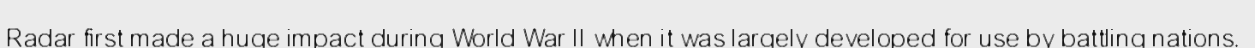
Radar first made a huge impact during World War II when it was largely developed for use by battling nations.